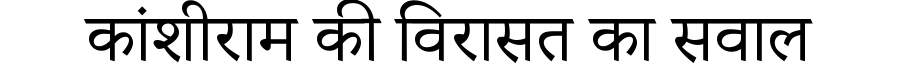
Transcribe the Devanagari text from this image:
कांशीराम की विरासत का सवाल